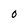
Character: O